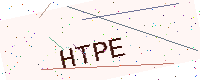
Text: HTPE